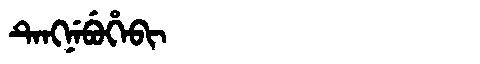
Manchu: ᡨᡝᠩᠨᡝᠪᡠᡥᡝᠪᡳ
Romanization: TENGNEBUHEBI